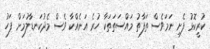
ކުރީކޮޅު ފެށި ނަމަވެސް ތަފާތު މައްސަތަތަކާ ހުރެ އަނެއްކާ ވެސް މެދުކަނޑާލުމަށް ފަހު